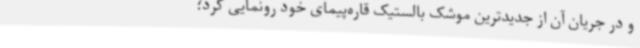
و در جریان آن از جدیدترین موشک بالستیک قاره‌پیمای خود رونمایی کرد؛